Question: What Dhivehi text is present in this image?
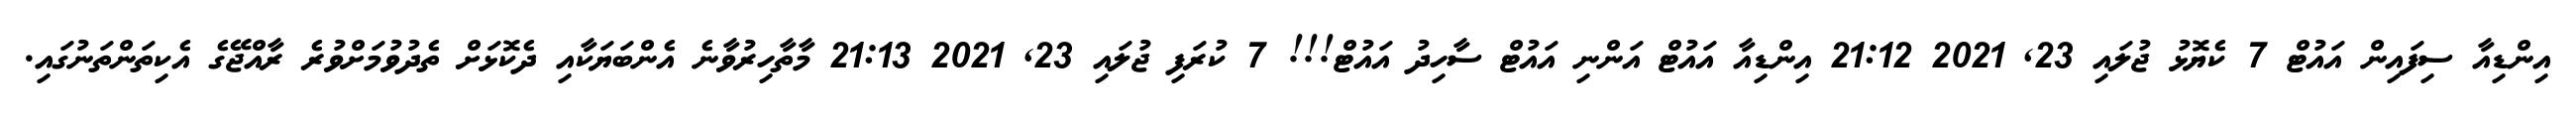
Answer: އިންޑިއާ ސިފައިން އައުޓް 7 ކެޔޮޅު ޖުލައި 23, 2021 21:12 އިންޑިއާ އައުޓް އަންނި އައުޓް ސާހިދު އައުޓް!!! 7 ކުރަފި ޖުލައި 23, 2021 21:13 މާތާހިރުވާނެ އެންބަޔަކާއި ދެކޮޅަށް ތެދުވުމަށްވުރެ ރާއްޖޭގެ އެކިތަންތަނުގައި.